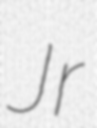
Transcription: Jr